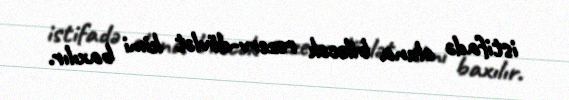
istifadə oluna biləcək rezerv-dövlət kimi baxılır.